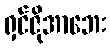
ရှင်ဇိုအာဘေး